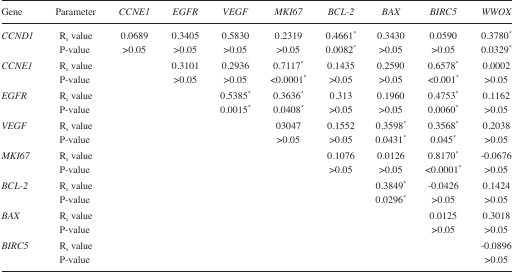
| Gene | Parameter | CCNE1 | EGFR | VEGF | MKI67 | BCL-2 | BAX | BIRC5 | WWOX |
 | --- | --- | --- | --- | --- | --- | --- | --- | --- | --- |
 | CCND1 | Rs value | 0.0689 | 0.3405 | 0.5830 | 0.2319 | 0.4661* | 0.3430 | 0.0590 | 0.3780* |
 |  | P-value | >0.05 | >0.05 | >0.05 | >0.05 | 0.0082* | >0.05 | >0.05 | 0.0329* |
 | CCNE1 | Rs value |  | 0.3101 | 0.2936 | 0.7117* | 0.1435 | 0.2590 | 0.6578* | 0.0002 |
 |  | P-value |  | >0.05 | >0.05 | <0.0001* | >0.05 | >0.05 | <0.001* | >0.05 |
 | EGFR | Rs value |  |  | 0.5385* | 0.3636* | 0.313 | 0.1960 | 0.4753* | 0.1162 |
 |  | P-value |  |  | 0.0015* | 0.0408* | >0.05 | >0.05 | 0.0060* | >0.05 |
 | VEGF | Rs value |  |  |  | 03047 | 0.1552 | 0.3598* | 0.3568* | 0.2038 |
 |  | P-value |  |  |  | >0.05 | >0.05 | 0.0431* | 0.045* | >0.05 |
 | MKI67 | Rs value |  |  |  |  | 0.1076 | 0.0126 | 0.8170* | −0.0676 |
 |  | P-value |  |  |  |  | >0.05 | >0.05 | <0.0001* | >0.05 |
 | BCL-2 | Rs value |  |  |  |  |  | 0.3849* | −0.0426 | 0.1424 |
 |  | P-value |  |  |  |  |  | 0.0296* | >0.05 | >0.05 |
 | BAX | Rs value |  |  |  |  |  |  | 0.0125 | 0.3018 |
 |  | P-value |  |  |  |  |  |  | >0.05 | >0.05 |
 | BIRC5 | Rs value |  |  |  |  |  |  |  | −0.0896 |
 |  | P-value |  |  |  |  |  |  |  | >0.05 |